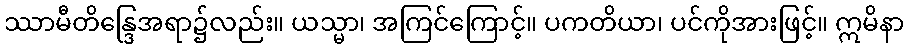
ဿာမီတိန္ဒြေအရာ၌လည်း။ ယသ္မာ၊ အကြင်ကြောင့်။ ပကတိယာ၊ ပင်ကိုအားဖြင့်။ ဣမိနာ